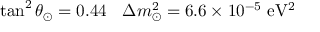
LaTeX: \tan ^ { 2 } \theta _ { \odot } = 0 . 4 4 \: \: \: \: \Delta m _ { \odot } ^ { 2 } = 6 . 6 \times 1 0 ^ { - 5 } ~ \mathrm { e V ^ { 2 } }